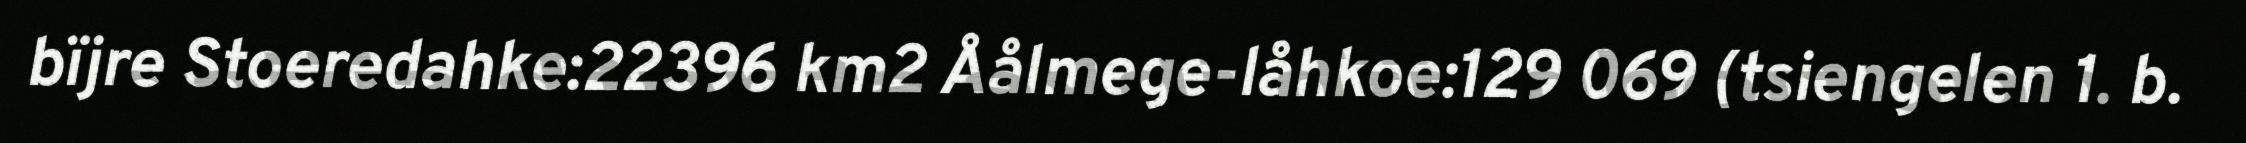
bïjre Stoeredahke:22396 km2 Åålmege-låhkoe:129 069 (tsiengelen 1. b.